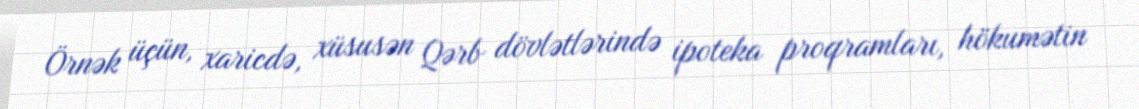
Örnək üçün, xaricdə, xüsusən Qərb dövlətlərində ipoteka proqramları, hökumətin